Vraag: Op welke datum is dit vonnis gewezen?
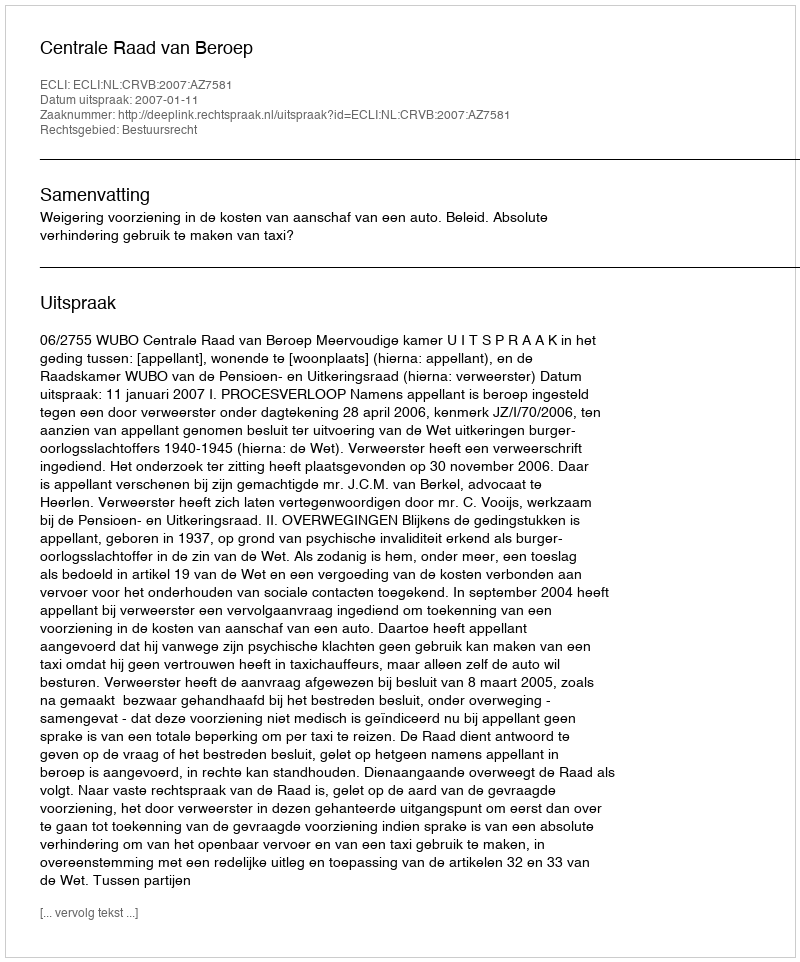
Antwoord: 2007-01-11